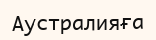
Аустралияға